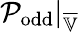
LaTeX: \mathcal{P}_{\mathrm{odd}}|_{\overline{{\mathbb{V}}}}